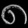
Digit: ၈